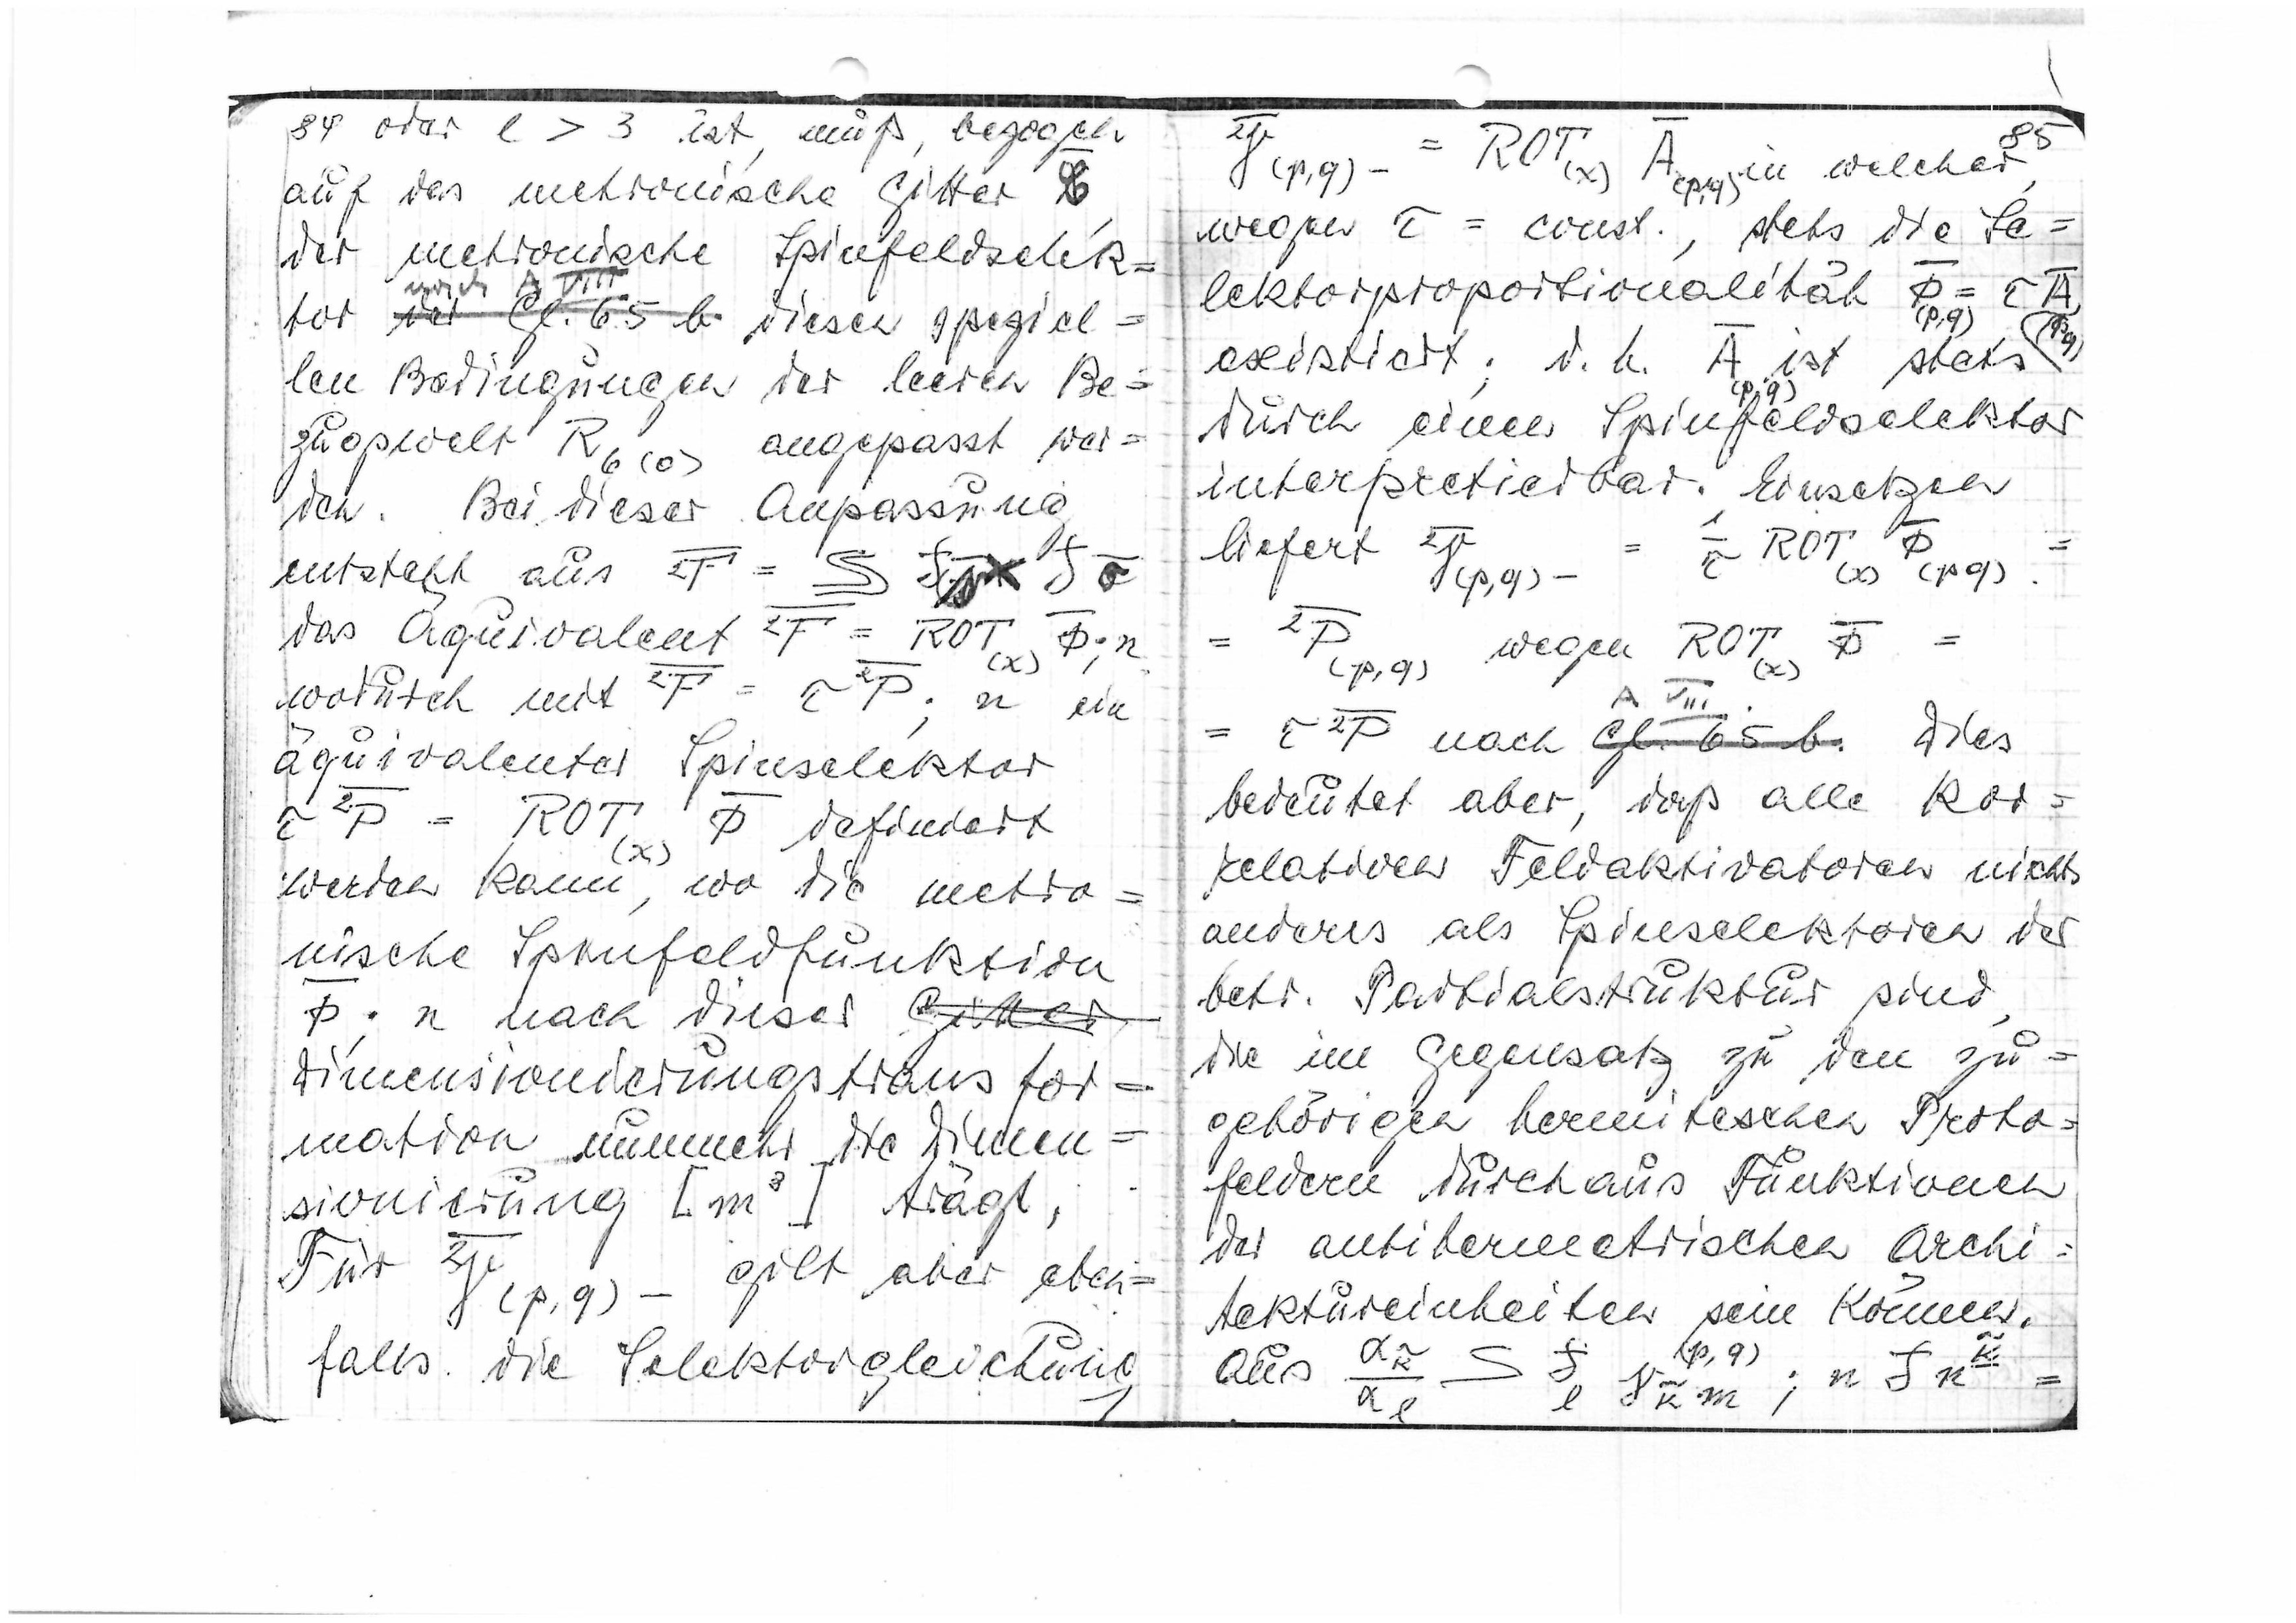
84
oder l > 3 ist, muß bezogen
auf das metronische Gitter

der metronische Spinfeldselek=
tor
nach
vor Gl. 65b
diesen speziel=
len Bedingungen der leeren Be=
zugswelt R6(0) angepasst wer=
den. Bei dieser Anpassung

entsteht aus

das Äquivalent

wodurch mit

n ein
äquivalenter Spinselektor

definiert
werden kann, wo die metro=
nische Spinfeldfunktion

n nach dieser
Gitter
Dimensionierungstransfor=
mation nunmehr die Dimen=
sionierung [m³] trägt,
Für

gilt aber eben=
falls die Selektorgleichung

85

in welcher
wegen τ = const, stets die Se=
lektorproportionalität

existiert; d.h.

ist stets
durch einen Spinfeldselektor
interpretierbar. Einsetzen
liefert

=
(p,q)
wegen

A VIII

nach
Gl. 65b
Dies
bedeutet aber, daß alle kor=
relativen Feldaktivatoren nichts
anderes als Spinselektoren der
betr. Partialstruktur sind,
die im Gegensatz zu den zu=
gehörigen hermitischen Proto=
feldern durchaus Funktionen
der antihermetrischen Archi=
tektureinheiten sein können.
(p,q)

Aus